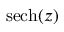
\operatorname { s e c h } ( z )